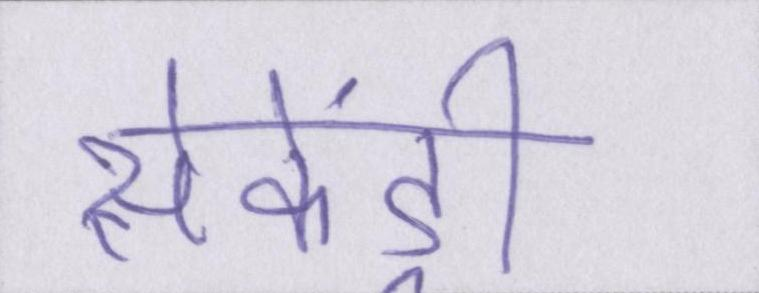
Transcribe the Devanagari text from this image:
सेकेंड्री